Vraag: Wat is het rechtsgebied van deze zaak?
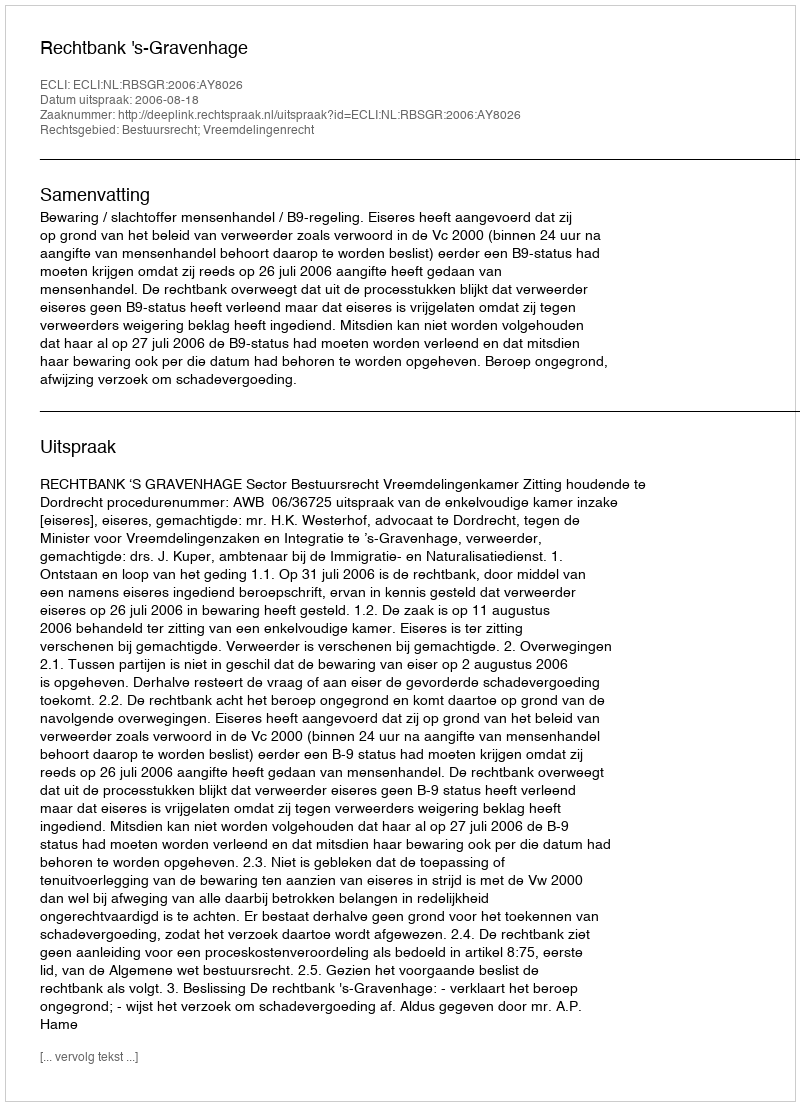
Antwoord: Bestuursrecht; Vreemdelingenrecht